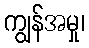
ကျွန်အမှု၊